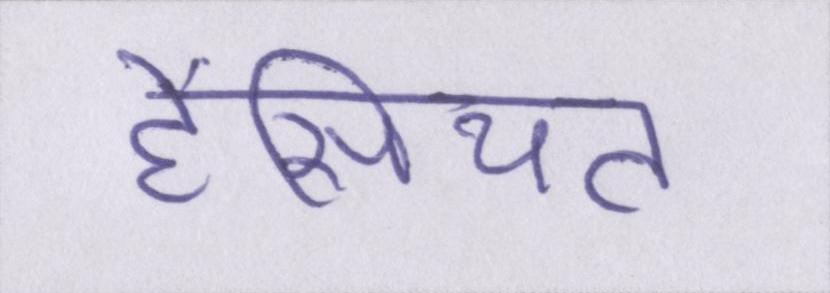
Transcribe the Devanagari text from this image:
हैसियत